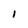
Character: 1